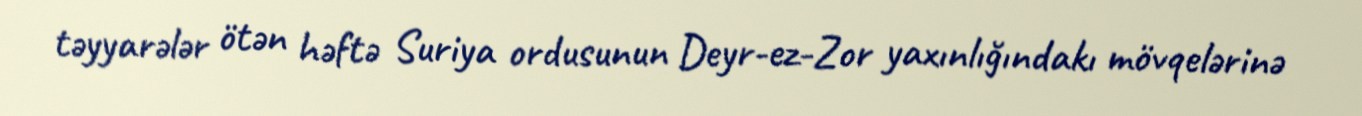
təyyarələr ötən həftə Suriya ordusunun Deyr-ez-Zor yaxınlığındakı mövqelərinə